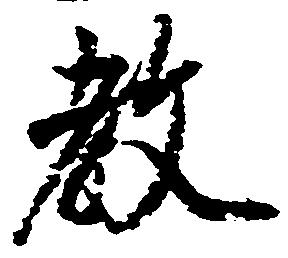
教